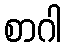
စာဂါ